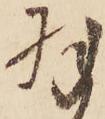
羽